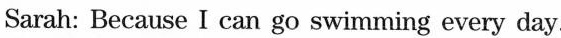
Sarah: Because I can go swimming every day.